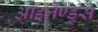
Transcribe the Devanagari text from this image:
आइलैण्ड्स